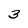
Character: 3